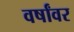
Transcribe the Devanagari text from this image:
वर्षांवर